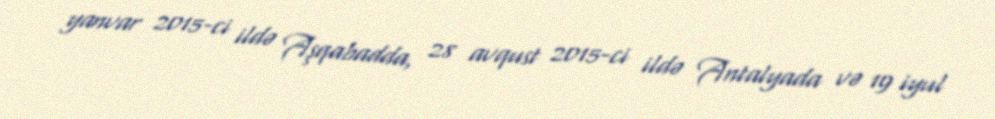
yanvar 2015-ci ildə Aşqabadda, 28 avqust 2015-ci ildə Antalyada və 19 iyul